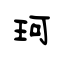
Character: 珂